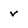
Character: v